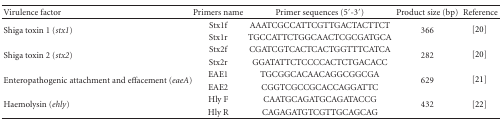
<table><thead><tr><td><b>Virulence factor</b></td><td><b>Primers name</b></td><td><b>Primer sequences (5′-3′)</b></td><td><b>Product size (bp)</b></td><td><b>Reference</b></td></tr></thead><tbody><tr><td rowspan="2">Shiga toxin 1 (<i>stx1</i>)</td><td>Stx1f</td><td>AAATCGCCATTCGTTGACTACTTCT</td><td rowspan="2">366</td><td rowspan="2">[20] </td></tr><tr><td>Stx1r</td><td>TGCCATTCTGGCAACTCGCGATGCA</td></tr><tr><td rowspan="2">Shiga toxin 2 (<i>stx2</i>)</td><td>Stx2f</td><td>CGATCGTCACTCACTGGTTTCATCA</td><td rowspan="2">282</td><td rowspan="2">[20] </td></tr><tr><td>Stx2r</td><td>GGATATTCTCCCCACTCTGACACC</td></tr><tr><td rowspan="2">Enteropathogenic attachment and effacement (<i>eaeA</i>)</td><td>EAE1</td><td>TGCGGCACAACAGGCGGCGA</td><td rowspan="2">629</td><td rowspan="2">[21] </td></tr><tr><td>EAE2</td><td>CGGTCGCCGCACCAGGATTC</td></tr><tr><td rowspan="2">Haemolysin (<i>ehly</i>)</td><td>Hly F</td><td>CAATGCAGATGCAGATACCG</td><td rowspan="2">432</td><td rowspan="2">[22] </td></tr><tr><td>Hly R</td><td>CAGAGATGTCGTTGCAGCAG</td></tr></tbody></table>